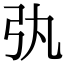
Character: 𢎫